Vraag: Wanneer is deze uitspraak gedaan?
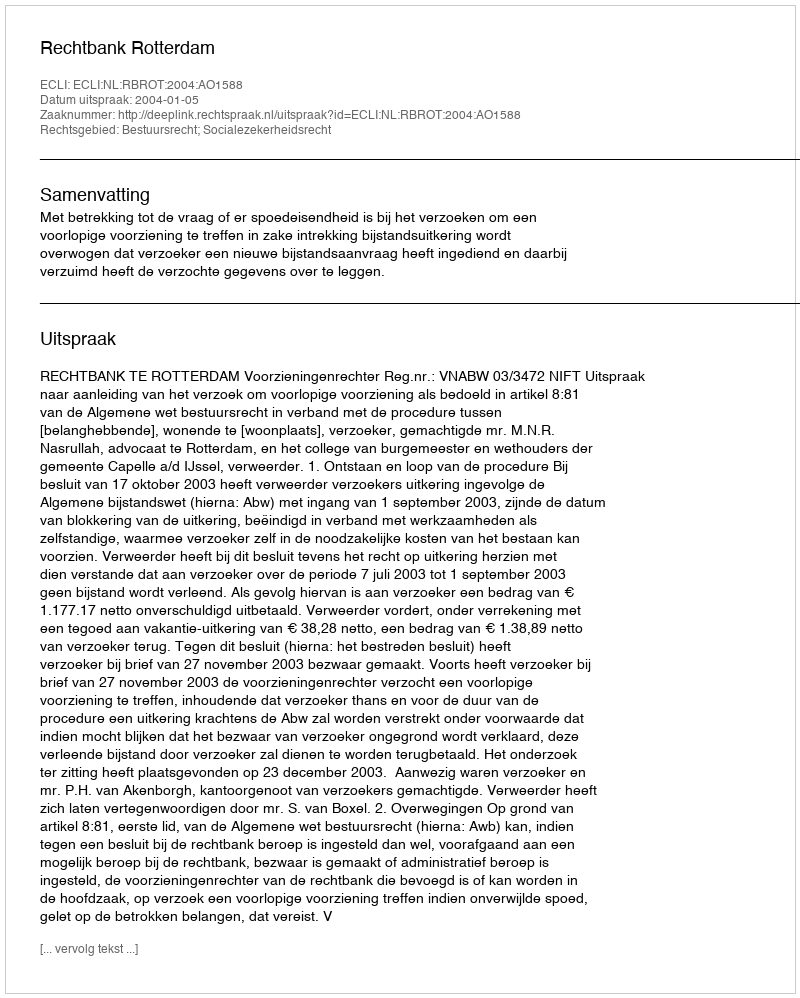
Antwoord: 2004-01-05